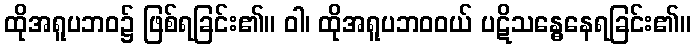
ထိုအရူပဘဝ၌ ဖြစ်ရခြင်း၏။ ဝါ၊ ထိုအရူပဘဝဝယ် ပဋိသန္ဓေနေရခြင်း၏။